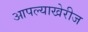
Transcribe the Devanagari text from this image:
आपल्याखेरीज